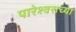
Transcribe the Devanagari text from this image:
पारेश्वराच्या